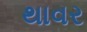
થાવર